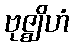
ဗုဇ္ဈိဟံ